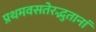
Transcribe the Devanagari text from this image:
प्रथमवसतेरद्भुतानां